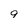
Character: 9